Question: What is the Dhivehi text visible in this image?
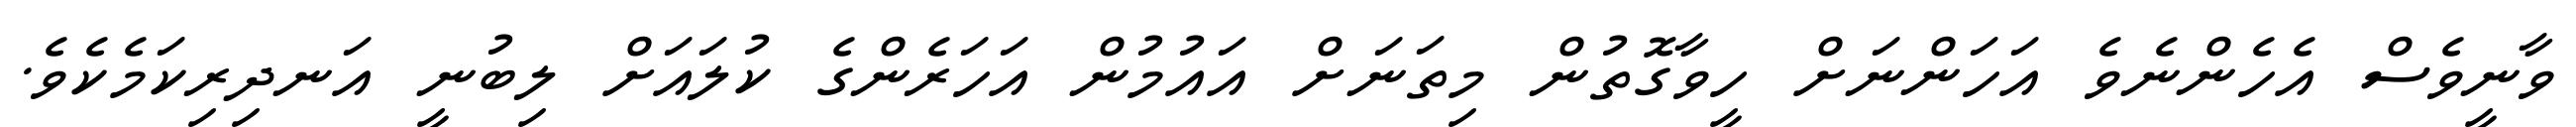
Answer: ވާނީވެސް އެހެންނެވެ އަހަންނަށް ހީވާގޮތުން މިތަނަށް އައުމުން އަހަރެންގެ ކުލައަށް ލިބުނީ އަނދިރިކަމެކެވެ.